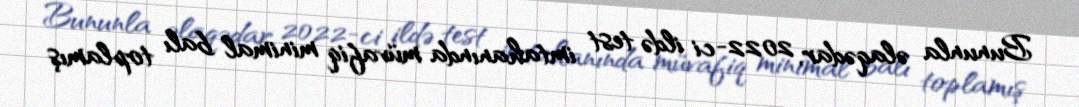
Bununla əlaqədar, 2022-ci ildə test imtahanında müvafiq minimal balı toplamış